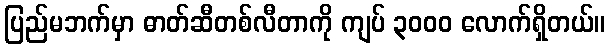
ပြည်မဘက်မှာ ဓာတ်ဆီတစ်လီတာကို ကျပ် ၃၀၀၀ လောက်ရှိတယ်။